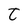
Character: t